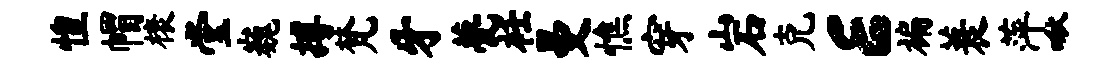
惶帽榱堂巍搏梵牙甍衽曼憔穿岩克E褊蓑萍啾